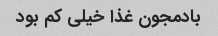
بادمجون غذا خیلی کم بود